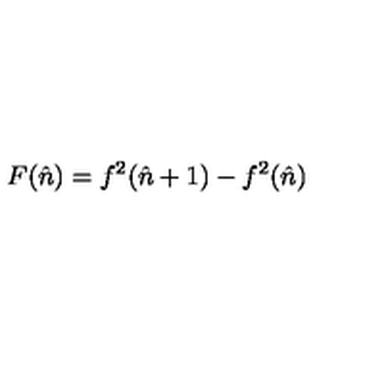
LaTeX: F ( \hat { n } ) = f ^ { 2 } ( \hat { n } + 1 ) - f ^ { 2 } ( \hat { n } )